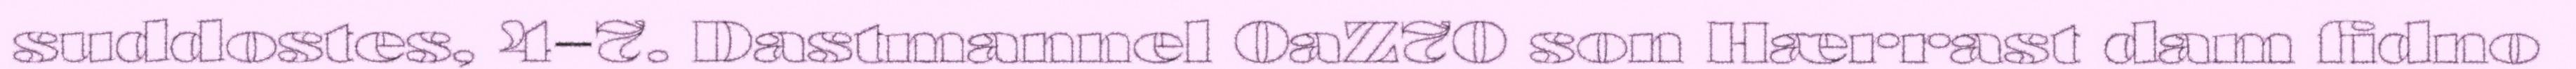
suddostes, 4–7. Dastmannel 0aZ70 son Hærrast dam fidno